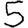
Digit: 5